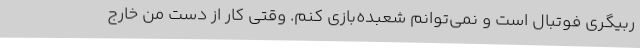
ربیگری فوتبال است و نمی‌توانم شعبده‌بازی کنم. وقتی کار از دست من خارج